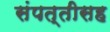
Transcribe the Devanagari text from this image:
संपत्तीसह